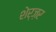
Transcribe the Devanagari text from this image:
शेर्ज़र